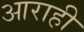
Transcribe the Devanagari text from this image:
आराही